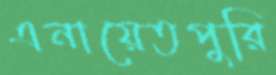
এনায়েতপুরি